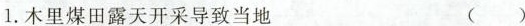
1.木里煤田露天开采导致当地 ()